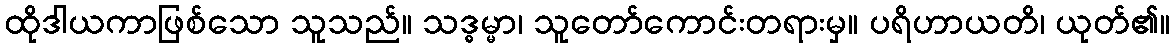
ထိုဒါယကာဖြစ်သော သူသည်။ သဒ္ဓမ္မာ၊ သူတော်ကောင်းတရားမှ။ ပရိဟာယတိ၊ ယုတ်၏။